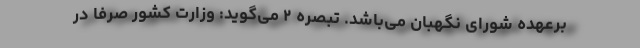
برعهده شورای نگهبان می‌باشد. تبصره ۲ می‌گوید: وزارت کشور صرفاً در